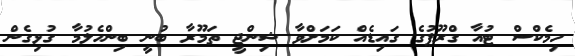
ހިމެކްްސް ޓުއާ ގްރޫޕުގެ ގައިޑެއް ކަމަށްވާ ޝިންޖީ ތަމޫރާ ބުނީ ބިންހެލުމާ ގުޅިގެން